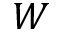
W